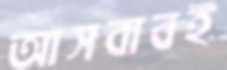
আসবাবই